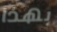
بهذا